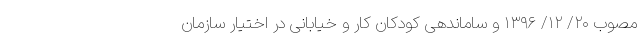
مصوب ۲۰/ ۱۲/ ۱۳۹۶ و ساماندهی کودکان کار و خیابانی در اختیار سازمان